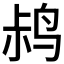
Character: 𫛧